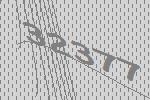
32377